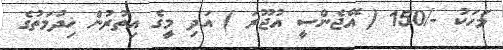
މަހަކު -/150 ( އޭޖެންސީ އުޖޫރަ ) އަދި މީގެ އިތުރުން ޚިދުމަތުގެ